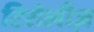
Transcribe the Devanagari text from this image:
टिरोलीज़